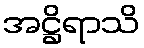
အဋ္ဌိရာသိ